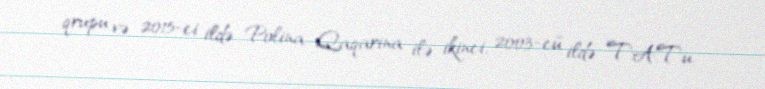
qrupu və 2015-ci ildə Polina Qaqarina ilə ikinci, 2003-cü ildə T.A.T.u.